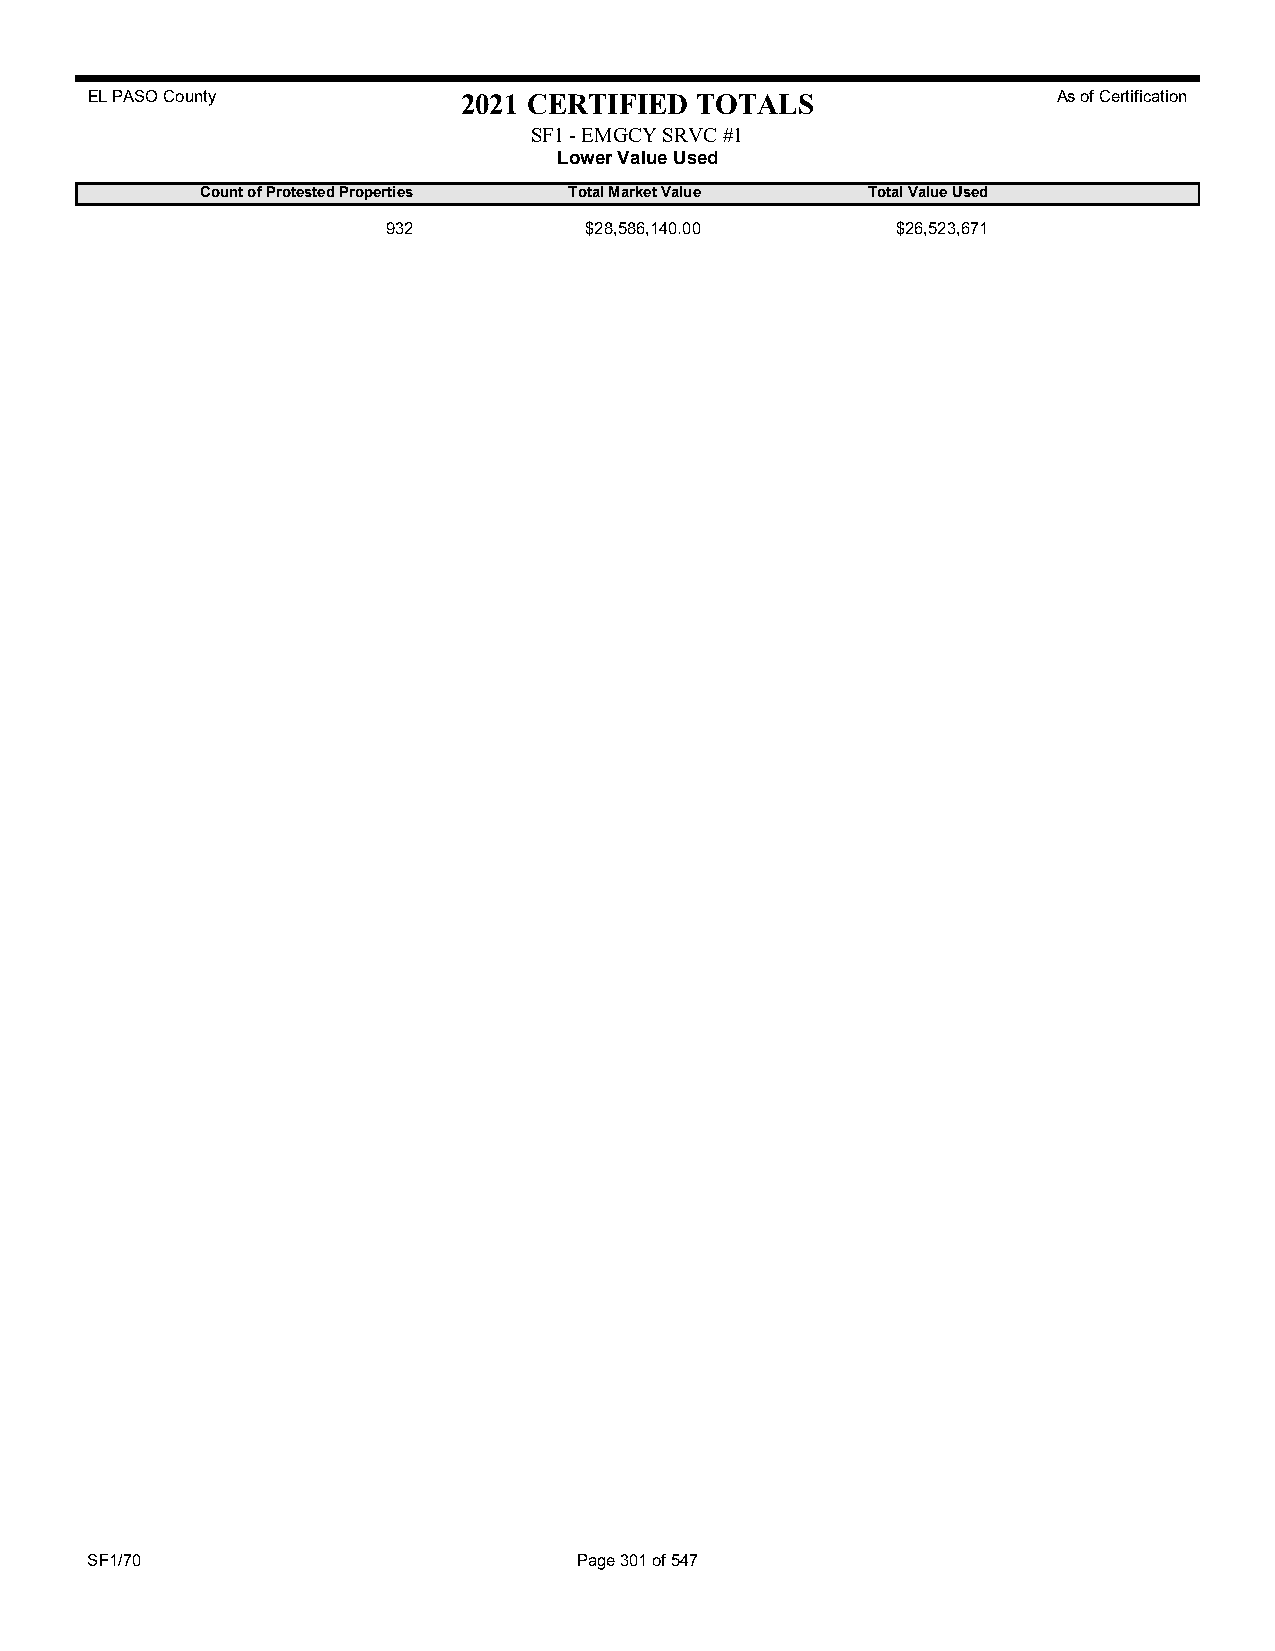
EL PASO County           2021 CERTIFIED TOTALS                  As of Certification
 SF1 - EMGCY SRVC #1
 Lower Value Used
 Count of Protested Properties Total Market Value Total Value Used
 932          $28,586,140.00      $26,523,671
 SF1/70                          Page 301 of 547